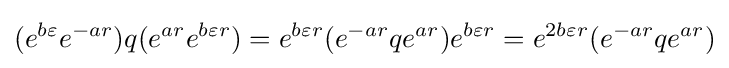
(e^{b\varepsilon }e^{-ar})q(e^{ar}e^{b\varepsilon r})=e^{b\varepsilon r}(e^{-ar}qe^{ar})e^{b\varepsilon r}=e^{2b\varepsilon r}(e^{-ar}qe^{ar})